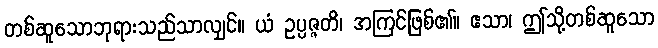
တစ်ဆူသောဘုရားသည်သာလျှင်။ ယံ ဥပ္ပဇ္ဇတိ၊ အကြင်ဖြစ်၏။ ဧသာ၊ ဤသို့တစ်ဆူသော